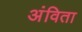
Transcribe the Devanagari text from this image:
अंविता